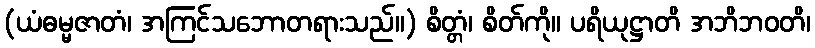
(ယံဓမ္မဇာတံ၊ အကြင်သဘောတရားသည်။) စိတ္တံ၊ စိတ်ကို။ ပရိယုဋ္ဌာတိ အဘိဘဝတိ၊